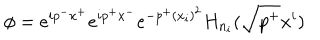
\phi = e ^ { i p ^ { - } x ^ { + } } e ^ { i p ^ { + } x ^ { - } } e ^ { - p ^ { + } ( x _ { i } ) ^ { 2 } } H _ { n _ { i } } ( \sqrt { p ^ { + } } x ^ { i } )